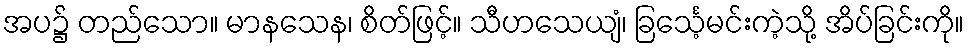
အပ၌ တည်သော။ မာနသေန၊ စိတ်ဖြင့်။ သီဟသေယျံ၊ ခြင်္သေ့မင်းကဲ့သို့ အိပ်ခြင်းကို။